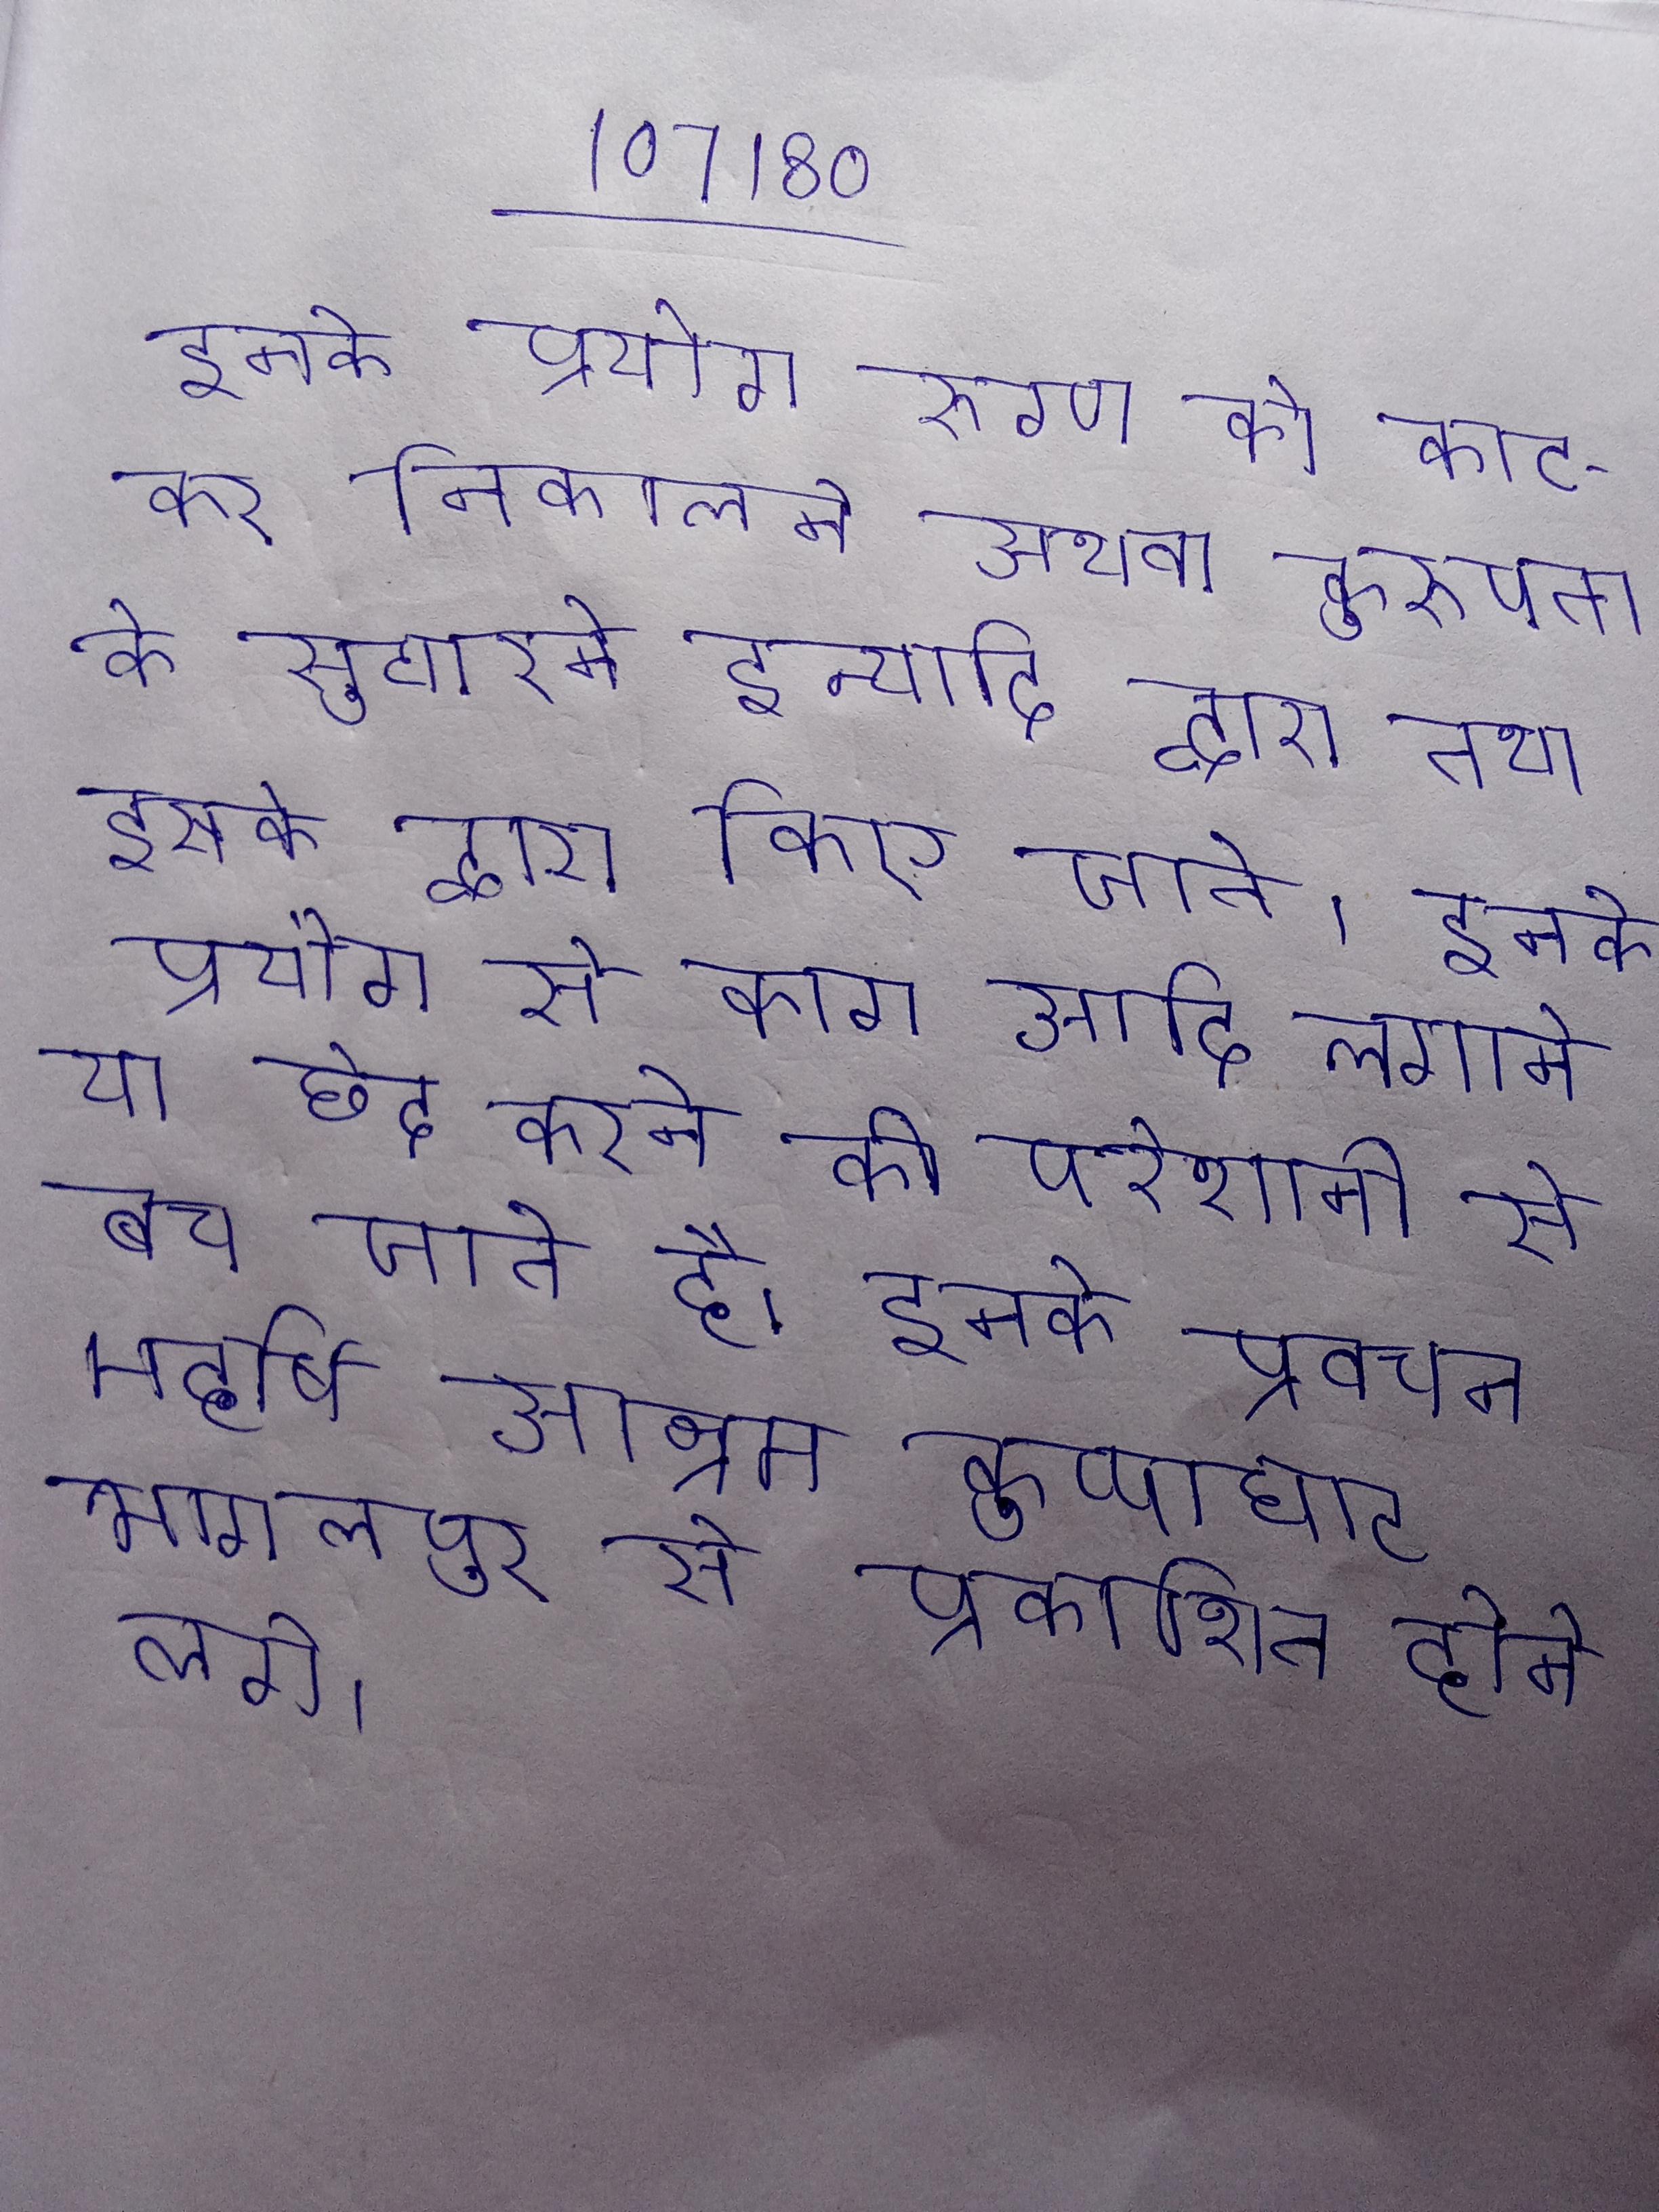
इनके प्रयोग रुग्ण को काटकर निकालने अथवा कुरूपता को सुधारने इत्यादि द्वारा तथा इसके द्वारा किए जाते । इनके प्रयोग से काग आदि लगाने या छेद करने की परेशानी से बच जाते है । इनके प्रवचन महर्षि आश्रम कुप्पाघाट भागलपुर से प्रकाशित होने वाली मासिक आध्यात्मिक पत्रिका प्रकाशित होने लगे ।